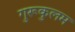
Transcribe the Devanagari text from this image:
गुरूकुलम